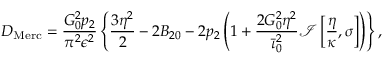
D _ { \mathrm { M e r c } } = \frac { G _ { 0 } ^ { 2 } p _ { 2 } } { \pi ^ { 2 } \epsilon ^ { 2 } } \left\{ \frac { 3 \eta ^ { 2 } } { 2 } - 2 B _ { 2 0 } - 2 p _ { 2 } \left( 1 + \frac { 2 G _ { 0 } ^ { 2 } \eta ^ { 2 } } { \Bar { \iota } _ { 0 } ^ { 2 } } \mathcal { I } \left[ \frac { \eta } { \kappa } , \sigma \right] \right) \right\} ,